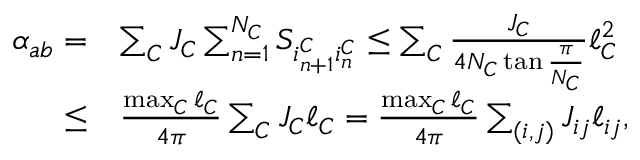
\begin{array} { r l } { \alpha _ { a b } = } & { \sum _ { C } J _ { C } \sum _ { n = 1 } ^ { N _ { C } } S _ { i _ { n + 1 } ^ { C } i _ { n } ^ { C } } \leq \sum _ { C } \frac { J _ { C } } { 4 N _ { C } \tan \frac { \pi } { N _ { C } } } \ell _ { C } ^ { 2 } } \\ { \leq } & { \frac { \operatorname* { m a x } _ { C } \ell _ { C } } { 4 \pi } \sum _ { C } J _ { C } \ell _ { C } = \frac { \operatorname* { m a x } _ { C } \ell _ { C } } { 4 \pi } \sum _ { ( i , j ) } J _ { i j } \ell _ { i j } , } \end{array}